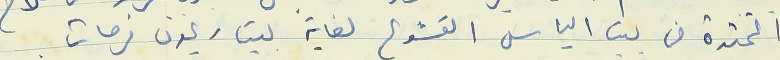
الممتدة من بيت الياس القشوع لغاية بيت ريمون فرحات